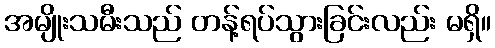
အမျိုးသမီးသည် တန့်ရပ်သွားခြင်းလည်း မရှိ။